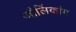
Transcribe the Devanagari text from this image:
जौलिंकांग